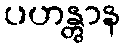
ပဟန္တွာန